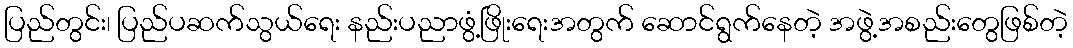
ပြည်တွင်း၊ ပြည်ပဆက်သွယ်ရေး နည်းပညာဖွံ့ဖြိုးရေးအတွက် ဆောင်ရွက်နေတဲ့ အဖွဲ့အစည်းတွေဖြစ်တဲ့